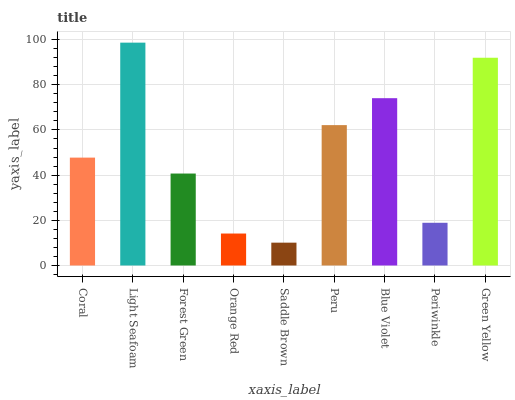
| xaxis_label | bars |
 | --- | --- |
 | Coral | 47.8 |
 | Light Seafoam | 98.7 |
 | Forest Green | 40.7 |
 | Orange Red | 14.2 |
 | Saddle Brown | 10.1 |
 | Peru | 62.1 |
 | Blue Violet | 74.1 |
 | Periwinkle | 18.9 |
 | Green Yellow | 92 |